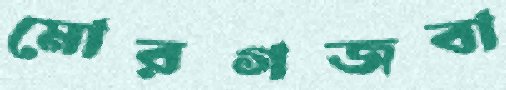
মোরগজবা